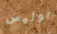
بوليس